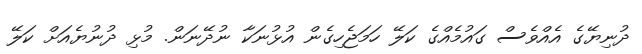
ދުނިޔޭގެ އެއްވެސް ގައުމެއްގެ ކަލޭ ހަމަޖެހިގެން އުޅުނަކާ ނުދޭނަން. މުޅި ދުނުޔެއަށް ކަލޭ